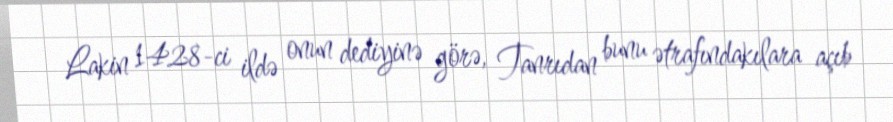
Lakin 1428-ci ildə onun dediyinə görə, Tanrıdan bunu ətrafındakılara açıb